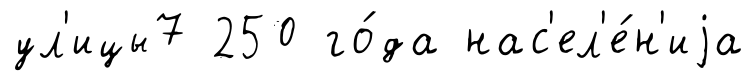
ул'ицы7 250 го́да нас'ел'е́н'иjа